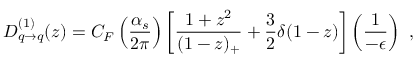
D _ { q \rightarrow q } ^ { ( 1 ) } ( z ) = C _ { F } \left( { \frac { \alpha _ { s } } { 2 \pi } } \right) \left[ \frac { 1 + z ^ { 2 } } { ( 1 - z ) _ { + } } + \frac { 3 } { 2 } \delta ( 1 - z ) \right] \left( { \frac { 1 } { - \epsilon } } \right) \ ,